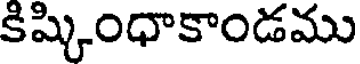
కిష్కింధాకాండము